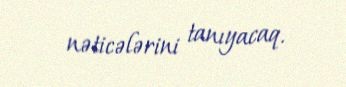
nəticələrini tanıyacaq.